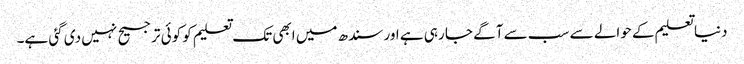
دنیا تعلیم کے حوالے سے سب سے آگے جا رہی ہے اور سندھ میں ابھی تک تعلیم کو کوئی ترجیح نہیں دی گئی ہے۔